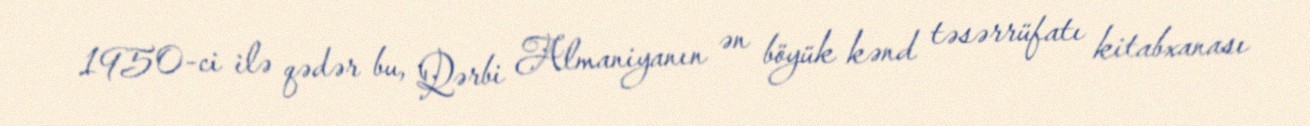
1950-ci ilə qədər bu, Qərbi Almaniyanın ən böyük kənd təsərrüfatı kitabxanası